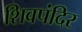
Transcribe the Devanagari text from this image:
शिवपंदिर